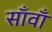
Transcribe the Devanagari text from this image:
साँवाँ